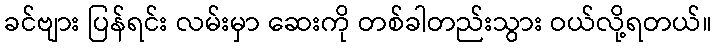
ခင်ဗျား ပြန်ရင်း လမ်းမှာ ဆေးကို တစ်ခါတည်းသွား ဝယ်လို့ရတယ်။